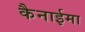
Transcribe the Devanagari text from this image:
कैनाईमा